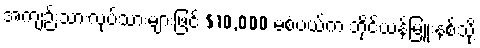
အကျဉ်းသားလုပ်သားများဖြင့် $10,000 မစံပယ်က ဘိုင်ယန်မြူးနစ်သို့